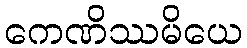
ကေဏိဿမိယေ